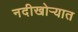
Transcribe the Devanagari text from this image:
नदीखोऱ्यात